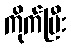
ကိုက်ပြီး